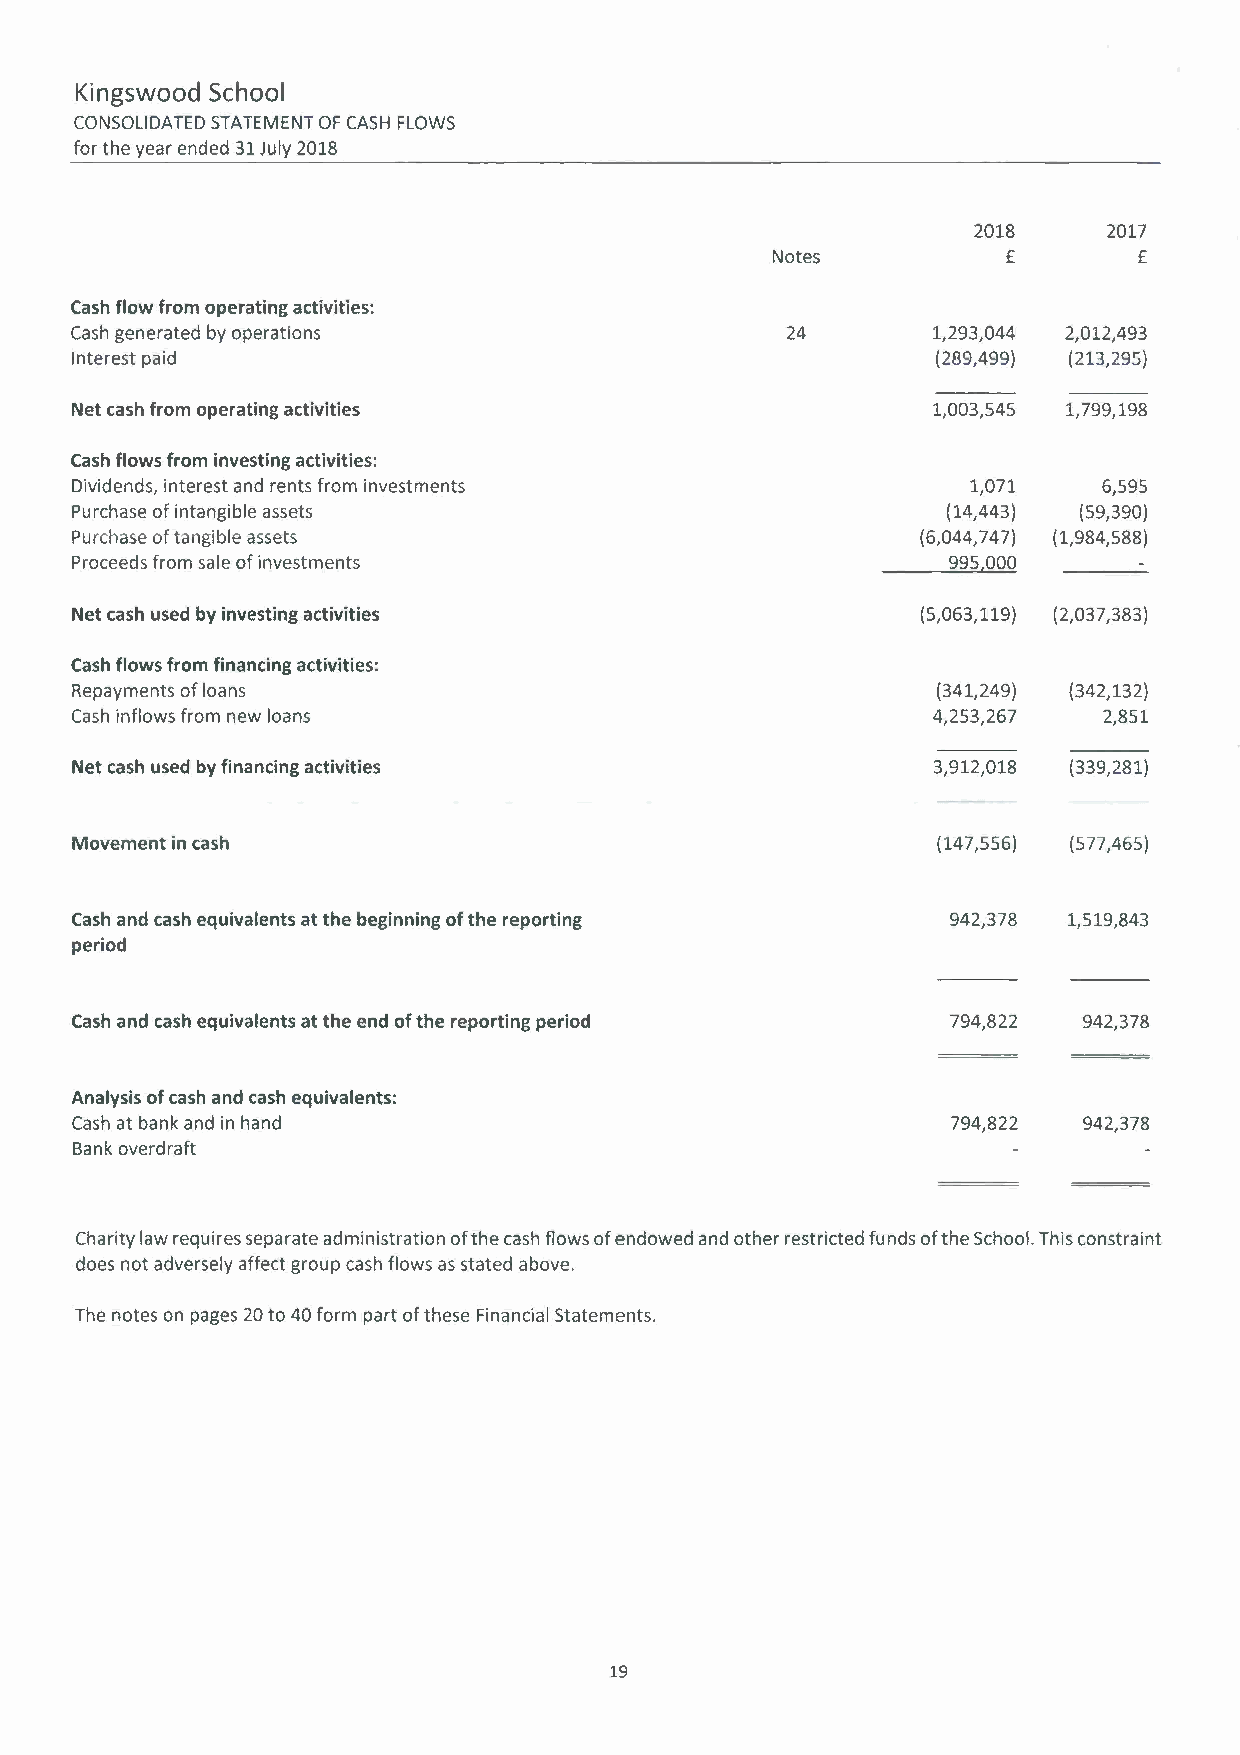
Kingswood School
 CONSOLIDATEDS TATEMENTO F CASH FLOWS
 for the year ended 31 July 2018
 2018     2017
 Notes           £       £
 Cash flow from operating activities:
 Cash generated by operations                   24        1,293,044 2,012,493
 Interest paid                                            (289,499) (213,29S)
 Net cash from operating activities                       1,003,545 1,799,198
 Cash flows from investing activities:
 Dividends, interest and rents from investments             1,071    6,595
 Purchase of intangible assets                             (14,443) (59,390)
 Purchase of tangible assets                             (6,044,747) (1,984,588)
 Proceeds from sale of investments                         995,000
 Net cash used by investing activities                   (5,063,119) (2,037,383)
 Cash flows from financing activities:
 Repayments of loans                                      (341,249) (342,132)
 Cash inflows from new loans                              4,253,267  2,851
 Net cash used by financing activities                    3,912,018 (339,281)
 Movement in cash                                         (147,556) (577,465)
 Cash and cash equivalents at the beginning of the reporting 942,378 1,519,843
 period
 Cash and cash equivalents at the end of the reporting period 794,822 942,378
 Analysis of cash and cash equivalents:
 Cash at bank and in hand                                  794,822  942,378
 Bank overdraft
 Charity law requires separate administration of the cash flows of endowed and other restricted funds of the School. This constraint
 does not adversely affect group cash flows as stated above.
 The notes on pages 20 to 40 form part of these Financial Statements.
 19